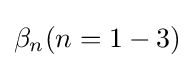
{\beta }_{n}(n=1-3)